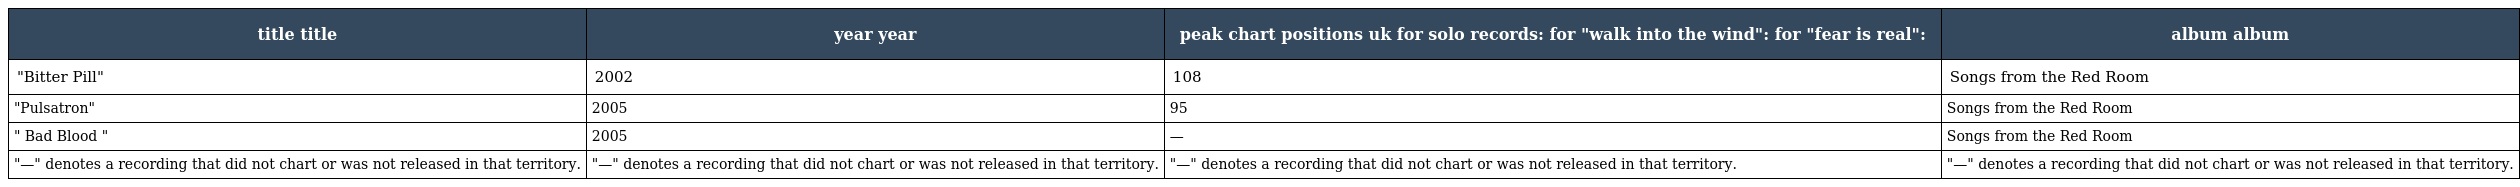
| title title | year year | peak chart positions uk for solo records: for "walk into the wind": for "fear is real": | album album |
 | --- | --- | --- | --- |
 | "Bitter Pill" | 2002 | 108 | Songs from the Red Room |
 | "Pulsatron" | 2005 | 95 | Songs from the Red Room |
 | " Bad Blood " | 2005 | — | Songs from the Red Room |
 | "—" denotes a recording that did not chart or was not released in that territory. | "—" denotes a recording that did not chart or was not released in that territory. | "—" denotes a recording that did not chart or was not released in that territory. | "—" denotes a recording that did not chart or was not released in that territory. |